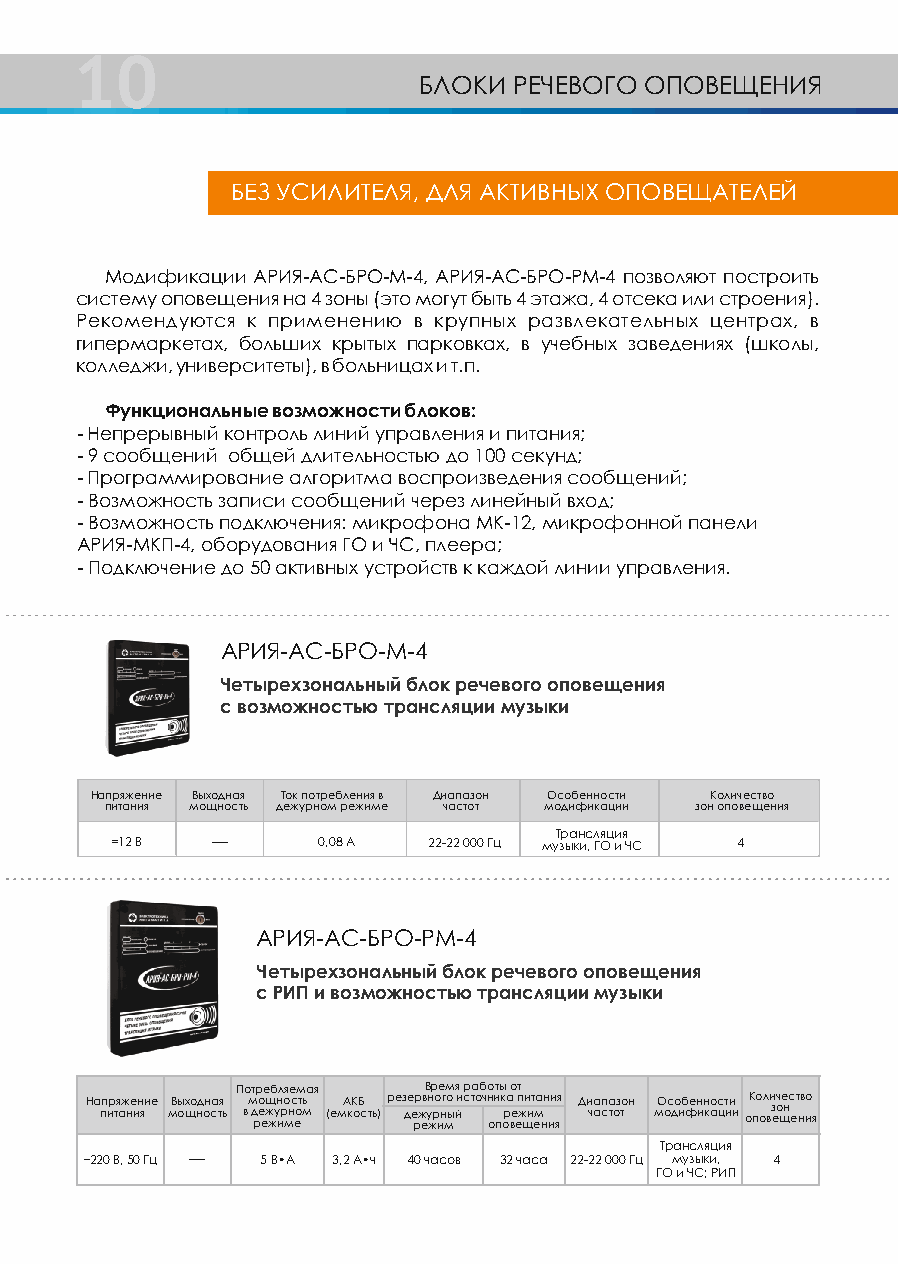
10
 БЛОКИ РЕЧЕВОГО ОПОВЕЩЕНИЯ
 БЕЗ УСИЛИТЕЛЯ, ДЛЯ АКТИВНЫХ ОПОВЕЩАТЕЛЕЙ
 Модификации АРИЯ-АС-БРО-М-4, АРИЯ-АС-БРО-РМ-4 позволяют построить
 систему оповещения на 4 зоны (это могут быть 4 этажа, 4 отсека или строения).
 Рекомендуются к применению в крупных развлекательных центрах, в
 гипермаркетах, больших крытых парковках, в учебных заведениях (школы,
 колледжи, университеты), в больницах и т.п.
 Функциональные возможности блоков:
 - Непрерывный контроль линий управления и питания;
 - 9 сообщений общей длительностью до 100 секунд;
 - Программирование алгоритма воспроизведения сообщений;
 - Возможность записи сообщений через линейный вход;
 - Возможность подключения: микрофона МК-12, микрофонной панели
 АРИЯ-МКП-4, оборудования ГО и ЧС, плеера;
 - Подключение до 50 активных устройств к каждой линии управления.
 АРИЯ-АС-БРО-М-4
 Четырехзональный блок речевого оповещения
 с возможностью трансляции музыки
 Напряжение Выходная Ток потребления в Диапазон Особенности Количество
 питания мощность дежурном режиме частот модификации зон оповещения
 Трансляция
 =12 В  -      0,08 А 22-22 000 Гц музыки, ГО и ЧС 4
 АРИЯ-АС-БРО-РМ-4
 Четырехзональный блок речевого оповещения
 с РИП и возможностью трансляции музыки
 Потребляемая Время работы от
 На пп ир тя аж не ин яие мВы ощхо нд он са тя ь вм д ро е ещ ж жун иро мнс еот мь (емА кК оБ сть)рез де е рр ж ев ун жро инг мо ы йисточн ои пк ора ве еп ж щи ит ема нн ии яя Ди чаа спа тоз тон мО ос до иб фен ин ко ас цт ии иоК по ол ви з еч о ще нс е т н в и о я
 Трансляция
 ~220 В, 50 Гц - 5 В•А 3,2 А•ч 40 часов 32 часа 22-22 000 Гц музыки, 4
 ГО и ЧС; РИП